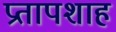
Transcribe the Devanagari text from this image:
प्रतापशाह